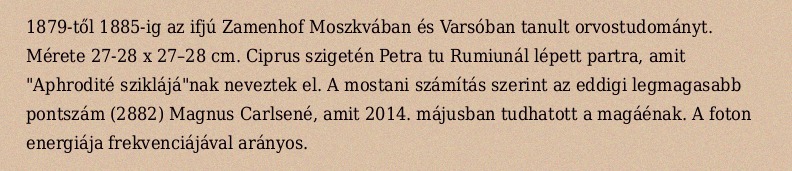
1879-től 1885-ig az ifjú Zamenhof Moszkvában és Varsóban tanult orvostudományt. Mérete 27-28 x 27–28 cm. Ciprus szigetén Petra tu Rumiunál lépett partra, amit "Aphrodité sziklájá"nak neveztek el. A mostani számítás szerint az eddigi legmagasabb pontszám (2882) Magnus Carlsené, amit 2014. májusban tudhatott a magáénak. A foton energiája frekvenciájával arányos.